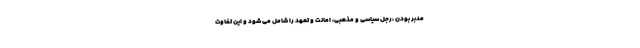
مدبر بودن ،رجل سیاسی و مذهبی، امانت و تعهد را شامل می شود و این تفاوت